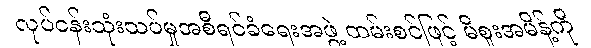
လုပ်ငန်းသုံးသပ်မှုအစီရင်ခံရေးအဖွဲ့ ထမ်းစင်ဖြင့် မိစူးအမိန့်ကို